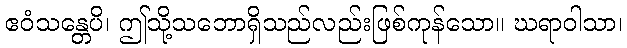
ဧဝံသန္တေပိ၊ ဤသို့သဘောရှိသည်လည်းဖြစ်ကုန်သော။ ဃရာဝါသာ၊